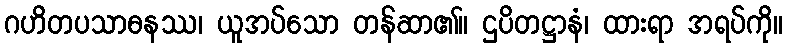
ဂဟိတပသာဓနဿ၊ ယူအပ်သော တန်ဆာ၏။ ဌပိတဋ္ဌာနံ၊ ထားရာ အရပ်ကို။